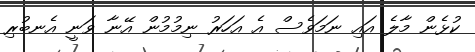
ކުޅެން މާލެ އައި ނަމަވެސް އެ އަހަރު ނިމުމުން އޭނާ ވަނީ އެނބުރި